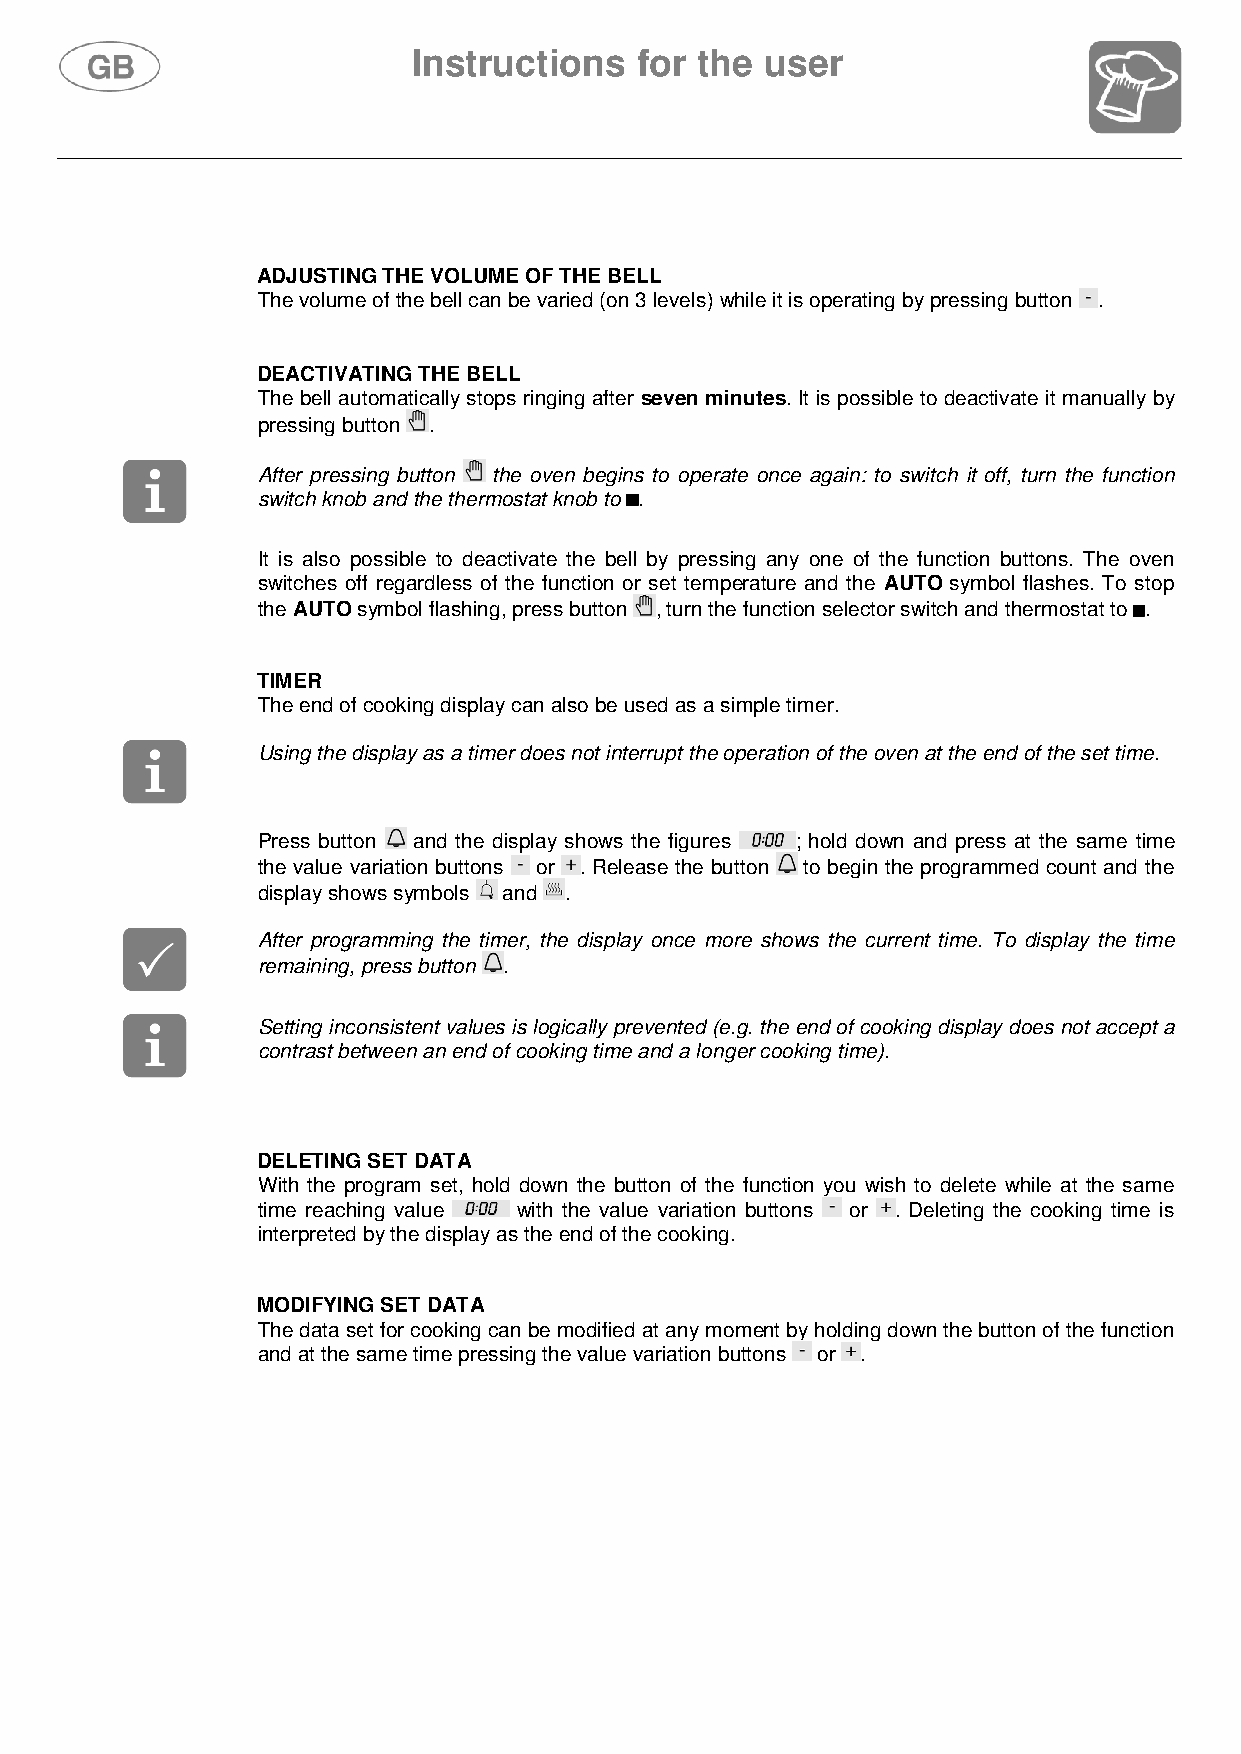
Instructions   for the  user
 ADJUSTING THE VOLUME OF THE BELL
 The volume of the bell can be varied (on 3 levels) while it is operating by pressing button .
 DEACTIVATING THE BELL
 The bell automatically stops ringing after seven minutes. It is possible to deactivate it manually by
 pressing button .
 After pressing button the oven begins to operate once again: to switch it off, turn the function
 switch knob and the thermostat knob to .
 It is also possible to deactivate the bell by pressing any one of the function buttons. The oven
 switches off regardless of the function or set temperature and the AUTO symbol flashes. To stop
 the AUTO symbol flashing, press button , turn the function selector switch and thermostat to .
 TIMER
 The end of cooking display can also be used as a simple timer.
 Using the display as a timer does not interrupt the operation of the oven at the end of the set time.
 Press button and the display shows the figures ; hold down and press at the same time
 the value variation buttons or . Release the button to begin the programmed count and the
 display shows symbols and .
 After programming the timer, the display once more shows the current time. To display the time
 remaining, press button .
 Setting inconsistent values is logically prevented (e.g. the end of cooking display does not accept a
 contrast between an end of cooking time and a longer cooking time).
 DELETING SET DATA
 With the program set, hold down the button of the function you wish to delete while at the same
 time reaching value with the value variation buttons or . Deleting the cooking time is
 interpreted by the display as the end of the cooking.
 MODIFYING SET DATA
 The data set for cooking can be modified at any moment by holding down the button of the function
 and at the same time pressing the value variation buttons or .
 84